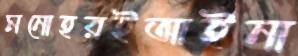
মনোহরইআইনা